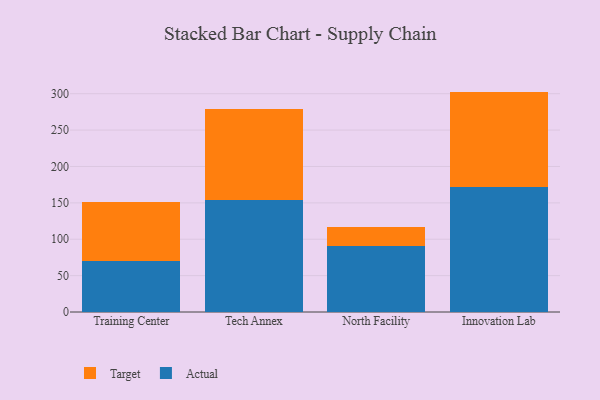
{"axis": {"x": "Campus", "y": "Gross Profit (USD K)"}, "legend": ["Actual", "Target"], "data": [{"x": "Training Center", "y": 69.8, "type": "Actual"}, {"x": "Training Center", "y": 81.4, "type": "Target"}, {"x": "Tech Annex", "y": 153.8, "type": "Actual"}, {"x": "Tech Annex", "y": 125.7, "type": "Target"}, {"x": "North Facility", "y": 91.1, "type": "Actual"}, {"x": "North Facility", "y": 26.3, "type": "Target"}, {"x": "Innovation Lab", "y": 171.4, "type": "Actual"}, {"x": "Innovation Lab", "y": 131.5, "type": "Target"}]}